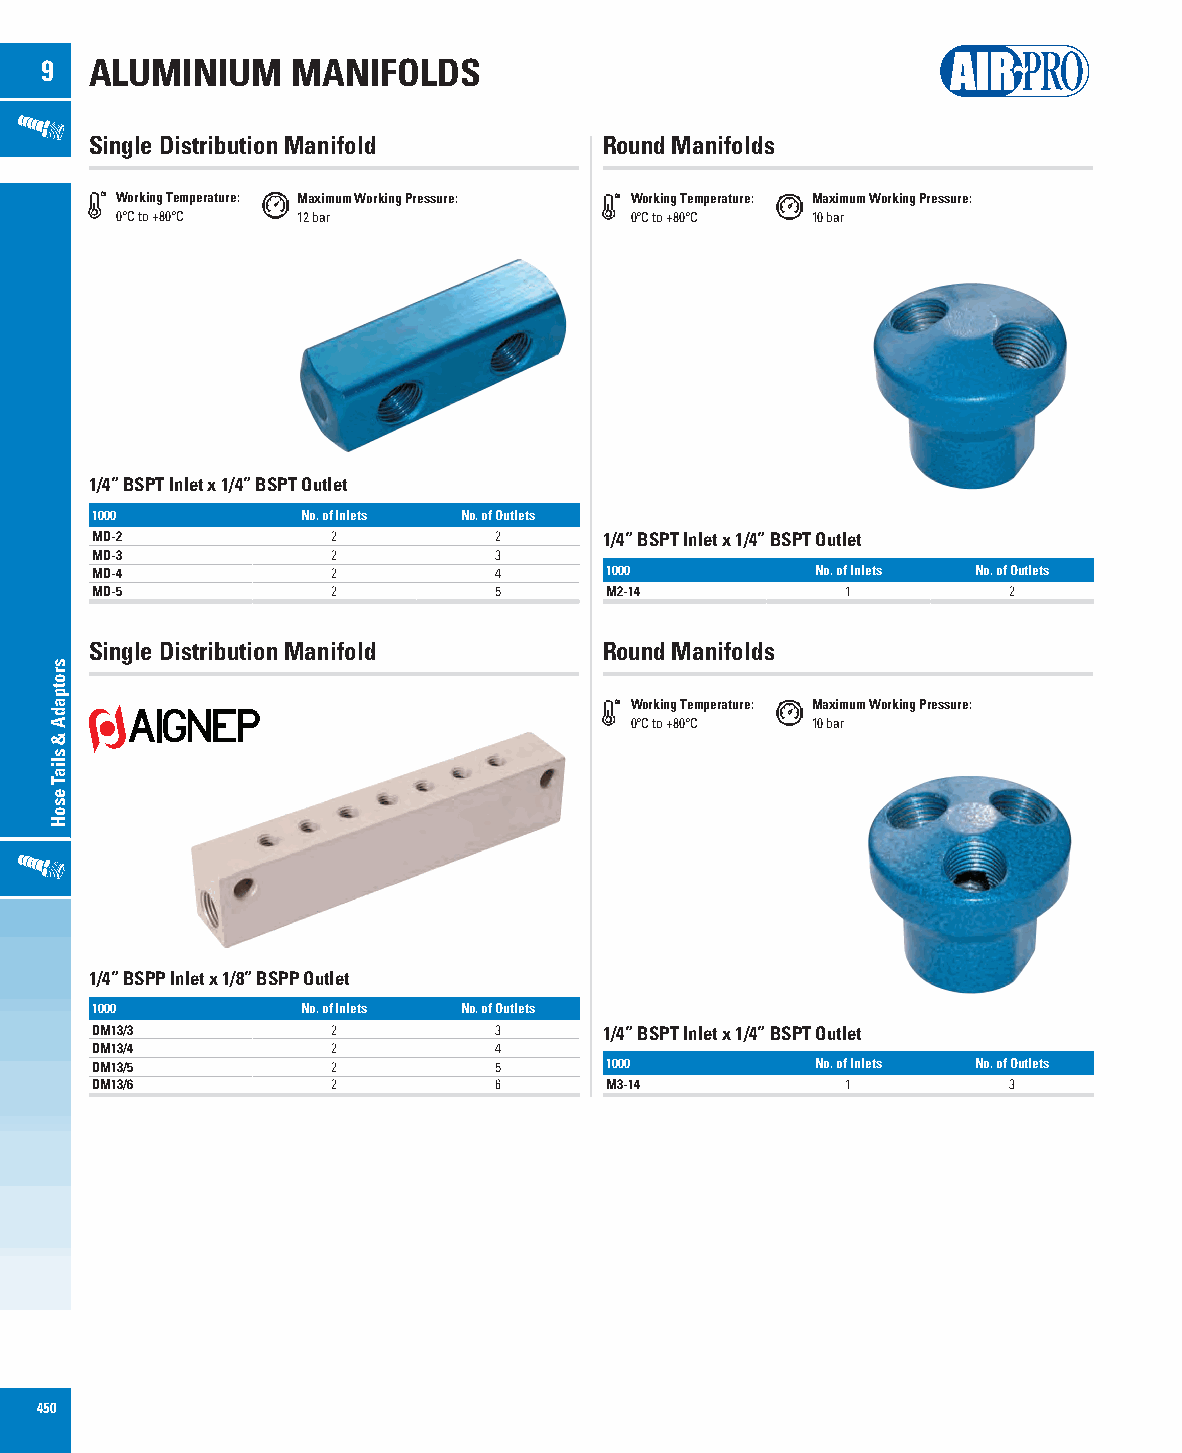
9  ALUMINIUM    MANIFOLDS
 Single Distribution Manifold      Round Manifolds
 Working Temperature: Maximum Working Pressure: Working Temperature: Maximum Working Pressure:
 0°C to +80°C 12 bar               0°C to +80°C 10 bar
 1/4” BSPT Inlet x 1/4” BSPT Outlet
 1000          No. of Inlets No. of Outlets
 MD-2            2          2      1/4” BSPT Inlet x 1/4” BSPT Outlet
 MD-3            2          3
 MD-4            2          4      1000          No. of Inlets No. of Outlets
 MD-5            2          5      M2-14           1          2
 Single Distribution Manifold      Round Manifolds
 Working Temperature: Maximum Working Pressure:
 0°C to +80°C 10 bar
 1/4” BSPP Inlet x 1/8” BSPP Outlet
 1000          No. of Inlets No. of Outlets
 DM13/3          2          3      1/4” BSPT Inlet x 1/4” BSPT Outlet
 DM13/4          2          4
 DM13/5          2          5      1000          No. of Inlets No. of Outlets
 DM13/6          2          6      M3-14           1          3
 450
 srotpadA
 &
 sliaT
 esoH